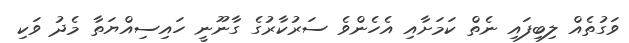
ވަގުތެއް ލިބިފައި ނެތް ކަމަށާއި އެހެންވެ ސަރުކާރުގެ ގާނޫނީ ހައިސިއްޔަތާ މެދު ވަކި